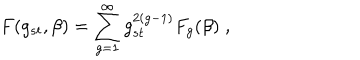
F ( g _ { s t } , \beta ) = \sum _ { g = 1 } ^ { \infty } g _ { s t } ^ { 2 ( g - 1 ) } F _ { g } ( \beta ) \; ,